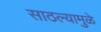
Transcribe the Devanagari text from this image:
साठल्यामुळे